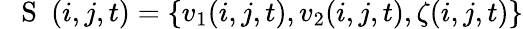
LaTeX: \mathrm{~{~\mathbf~S~}~}(i,j,t)=\{ v_{1}(i,j,t),v_{2}(i,j,t),\zeta(i,j,t)\}